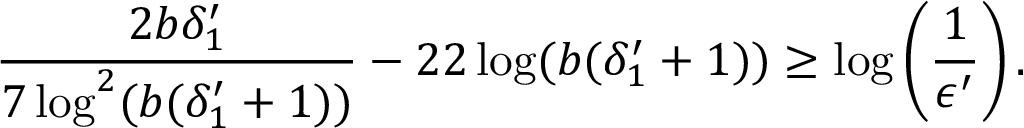
\frac { 2 b \delta _ { 1 } ^ { \prime } } { 7 \log ^ { 2 } ( b ( \delta _ { 1 } ^ { \prime } + 1 ) ) } - 2 2 \log ( b ( \delta _ { 1 } ^ { \prime } + 1 ) ) \geq \log \left( \frac { 1 } { \epsilon ^ { \prime } } \right) .